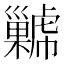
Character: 𢀋